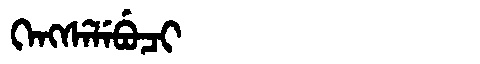
Manchu: ᡴᡝᠩᠰᡝᠯᡝᠪᡠᠴᡳ
Romanization: KENGSELEBUCI